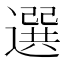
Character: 選